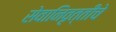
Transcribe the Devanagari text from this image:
सेवानिवृत्तीचे